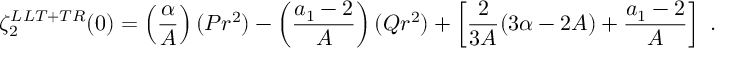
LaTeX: \zeta _ { 2 } ^ { L L T + T R } ( 0 ) = \left( \frac { \alpha } { A } \right) ( P r ^ { 2 } ) - \left( \frac { a _ { 1 } - 2 } { A } \right) ( Q r ^ { 2 } ) + \left[ \frac { 2 } { 3 A } ( 3 \alpha - 2 A ) + \frac { a _ { 1 } - 2 } { A } \right] \ .